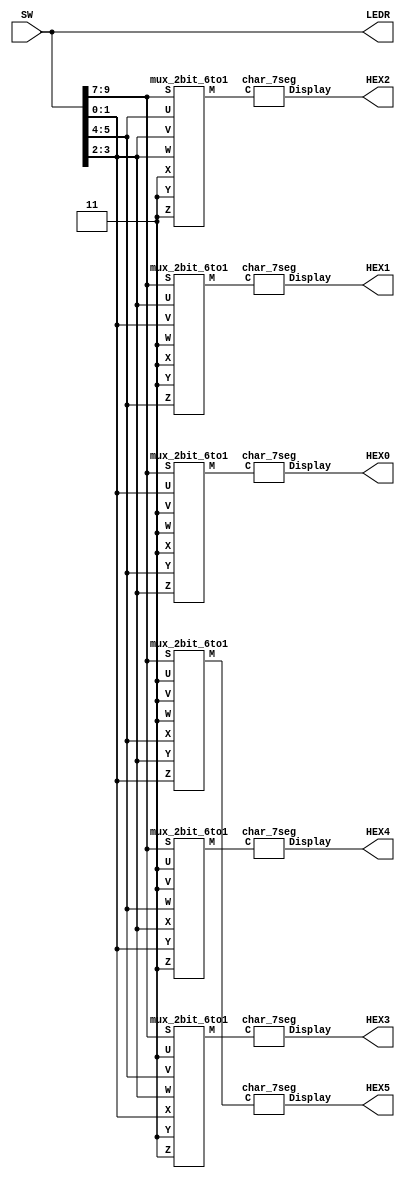
// Implements a circuit that can display 3-letter words on the six 
// 7-segment displays. The character selected for each display is chosen by
// a multiplexer, and these multiplexers are connected to the characters
// in a way that allows a word to be rotated across the displays from
// right-to-left as the multiplexer select lines are changed through the
// sequence 000, 001, ..., 101, 000, etc. Using the four characters d,
// E, 1, and "blank" the displays can show any 3-letter word using 
// these letters, such as "dE1 ", as follows:
//
// SW  987		Displayed characters
//     000		   dE1
//     001		  dE1
//     010		 dE1
//     011		dE1
//     100		E1   d
//     101		1   dE
//
// inputs: SW9-7 provide the multiplexer select lines
//         SW5-0 provide three different codes used to select characters
// outputs: LEDR shows the states of the switches
//          HEX5 - HEX0 displays the characters
module part6 (SW, LEDR, HEX5, HEX4, HEX3, HEX2, HEX1, HEX0);
	input [9:0] SW;				// toggle switches
	output [9:0] LEDR;			// red LEDs
	output [0:6] HEX5, HEX4, HEX3, HEX2, HEX1, HEX0;	// 7-seg displays

	wire [2:0] Ch_Sel; // mux select lines
	wire [1:0] Ch1, Ch2, Ch3, Blank;
	wire [1:0] H5_Ch, H4_Ch, H3_Ch, H2_Ch, H1_Ch, H0_Ch;

	assign LEDR = SW;
	assign Ch_Sel = SW[9:7];
	assign Ch1 = SW[5:4];
	assign Ch2 = SW[3:2];
	assign Ch3 = SW[1:0];
	assign Blank = 2'b11; // used to blank a 7-seg display (see module char_7seg)

	// instantiate module mux_2bit_6to1 (S, U, V, W, X, Y, Z, M) to
	// create the multiplexer for each hex display
	
	mux_2bit_6to1 M5 (Ch_Sel, Blank, Blank, Blank, Ch1, Ch2, Ch3, H5_Ch);
	mux_2bit_6to1 M4 (Ch_Sel, Blank, Blank, Ch1, Ch2, Ch3, Blank, H4_Ch);
	mux_2bit_6to1 M3 (Ch_Sel, Blank, Ch1, Ch2, Ch3, Blank, Blank, H3_Ch);
	mux_2bit_6to1 M2 (Ch_Sel, Ch1, Ch2, Ch3, Blank, Blank, Blank, H2_Ch);
	mux_2bit_6to1 M1 (Ch_Sel, Ch2, Ch3, Blank, Blank, Blank, Ch1, H1_Ch);
	mux_2bit_6to1 M0 (Ch_Sel, Ch3, Blank, Blank, Blank, Ch1, Ch2, H0_Ch);

	// iinstantiate module char_7seg (C, Display) to drive the hex displays
	char_7seg H5 (H5_Ch, HEX5);
	char_7seg H4 (H4_Ch, HEX4);
	char_7seg H3 (H3_Ch, HEX3);
	char_7seg H2 (H2_Ch, HEX2);
	char_7seg H1 (H1_Ch, HEX1);
	char_7seg H0 (H0_Ch, HEX0);
endmodule

// implements a 2-bit wide 6-to-1 multiplexer
module mux_2bit_6to1 (S, U, V, W, X, Y, Z, M);
	input [2:0] S;
	input [1:0] U, V, W, X, Y, Z;
	output [1:0] M;
	wire [1:4] m_0, m_1;	// four intermediate multiplexers in the mux tree for each bit

	// 6-to-1 multiplexer for bit 0
	assign m_0[1] = (~S[0] & U[0]) | (S[0] & V[0]);
	assign m_0[2] = (~S[0] & W[0]) | (S[0] & X[0]);
	assign m_0[3] = (~S[0] & Y[0]) | (S[0] & Z[0]);
	assign m_0[4] = (~S[1] & m_0[1]) | (S[1] & m_0[2]);
	
	assign M[0] = (~S[2] & m_0[4]) | (S[2] & m_0[3]);

	// 6-to-1 multiplexer for bit 1
	assign m_1[1] = (~S[0] & U[1]) | (S[0] & V[1]);
	assign m_1[2] = (~S[0] & W[1]) | (S[0] & X[1]);
	assign m_1[3] = (~S[0] & Y[1]) | (S[0] & Z[1]);
	assign m_1[4] = (~S[1] & m_1[1]) | (S[1] & m_1[2]);
	
	assign M[1] = (~S[2] & m_1[4]) | (S[2] & m_1[3]);

endmodule	

// Converts 3-bit input code on C2-0 into 7-bit code that produces
// a character on a 7-segment display. The conversion is defined by:
// 	 C 1 0	Char
// 	----------------
//	   0 0 	'd'
// 	   0 1	'E'
// 	   1 0 	'1'
// 	   1 1	' ' Blank
//
//    
//
module char_7seg (C, Display);
	input [1:0] C;		// input code
	output [0:6] Display;	// output 7-seg code

	/*
	 *       0  
	 *      ---  
	 *     |   |
	 *    5|   |1
	 *     | 6 |
	 *      ---  
	 *     |   |
	 *    4|   |2
	 *     |   |
	 *      ---  
	 *       3  
	 */
	// the following equations describe display functions in cannonical SOP form
	assign Display[0] = ~(~C[1] & C[0]); 
	assign Display[1] = C[0];
	assign Display[2] = C[0];
	assign Display[3] = C[1];
	assign Display[4] = C[1];
	assign Display[5] = ~(~C[1] & C[0]); 
	assign Display[6] = C[1];
endmodule